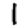
Digit: 1